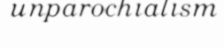
unparochialism